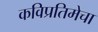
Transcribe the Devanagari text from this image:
कविप्रतिमेचा